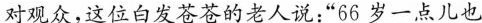
对观众，这位白发苍苍的老人说：”66岁一点儿也